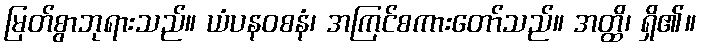
မြတ်စွာဘုရားသည်။ ယံပနဝစနံ၊ အကြင်စကားတော်သည်။ အတ္ထိ၊ ရှိ၏။